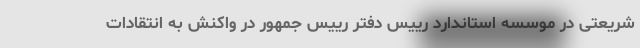
شریعتی در موسسه استاندارد رییس دفتر رییس جمهور در واکنش به انتقادات